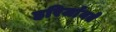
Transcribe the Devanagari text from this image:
हरिर्जायते